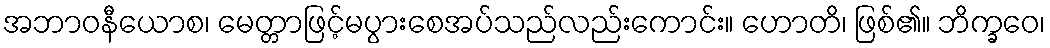
အဘာဝနီယောစ၊ မေတ္တာဖြင့်မပွားစေအပ်သည်လည်းကောင်း။ ဟောတိ၊ ဖြစ်၏။ ဘိက္ခဝေ၊